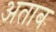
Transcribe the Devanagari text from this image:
अताब